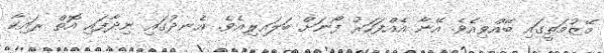
މޭޒުމަތީގައި ބޭއްވިއެވެ. އޭނާ އެއްފަހަރު ފޯނަށް ބަލައިލިއެވެ. އެނދުގައި ނިދާފައި އޮތް ރައިކާ